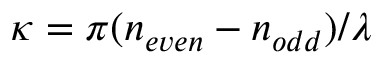
\kappa = \pi ( n _ { e v e n } - n _ { o d d } ) / \lambda